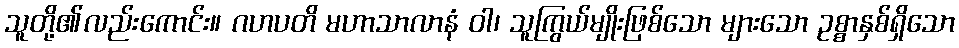
သူတို့၏လည်းကောင်း။ ဂဟပတိ မဟာသာလာနံ ဝါ၊ သူကြွယ်မျိုးဖြစ်သော များသော ဥစ္စာနှစ်ရှိသော